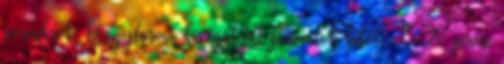
porcukrot. 15 egyforma kis golyót formálok belőle. 15-20 percre